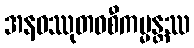
အနဝဿုတဝစီကမ္မန္တဿ